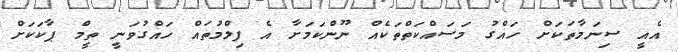
އެއީ ސިނަމާތަކަށް ހައްގު މަސައްކަތްތަކެއް ނޫންކަމަށާ އެ ފިލްމުތައް ހައްގުވަނީ ތީމް ޕާކަކަށް